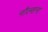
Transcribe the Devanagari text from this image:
नौल्सना